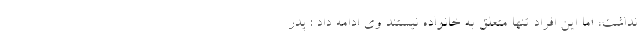
نداشت، اما این افراد تنها متعلق به خانواده نیستند وی ادامه داد : پدر